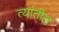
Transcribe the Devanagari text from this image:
त्‍यांतील